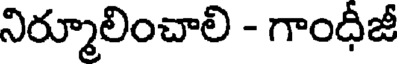
నిర్మూలించాలి - గాంధీజీ